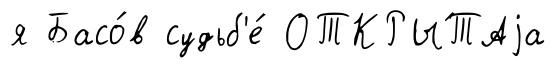
я Басо́в судьб'е́ ОТКРЫ́ТАjа